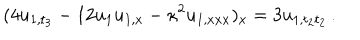
( 4 u _ { 1 , t _ { 3 } } - 1 2 u _ { 1 } u _ { 1 , x } - \kappa ^ { 2 } u _ { 1 , x x x } ) _ { x } = 3 u _ { 1 , t _ { 2 } t _ { 2 } } \, .